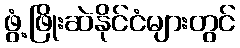
ဖွံ့ဖြိုးဆဲနိုင်ငံများတွင်